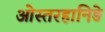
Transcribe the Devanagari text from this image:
ओस्तरहानिङे